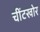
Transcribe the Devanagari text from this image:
चींटखोर